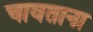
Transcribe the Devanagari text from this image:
चावताना